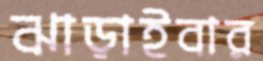
ঝাড়াইবার